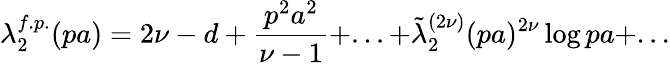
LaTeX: \lambda_{2}^{f.p.}(pa)=2\nu-d+\frac{p^{2}a^{2}}{\nu-1}+...+\tilde{\lambda}_{2}^{(2\nu)}(pa)^{2\nu}\log{pa}+...